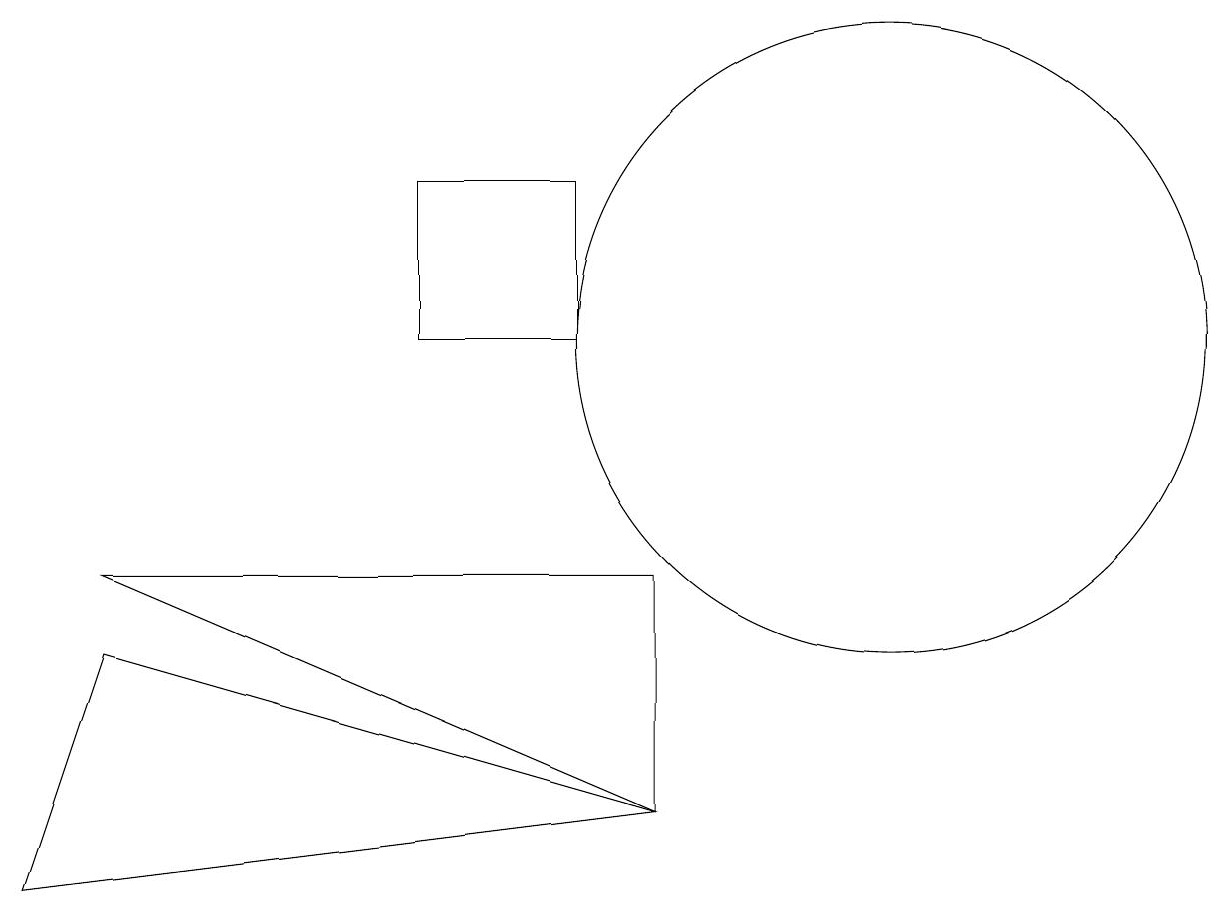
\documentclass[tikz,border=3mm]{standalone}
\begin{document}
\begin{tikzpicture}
\draw (8,6) -- (8,9) -- (1,9) -- cycle;
\draw (11,12) circle (4);
\draw (8,6) -- (1,8) -- (0,5) -- cycle;
\draw (5,12) rectangle (7,14);
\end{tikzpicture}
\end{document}